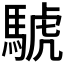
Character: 𫘌